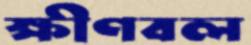
ক্ষীণবল